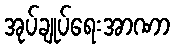
အုပ်ချုပ်ရေးအာဏာ